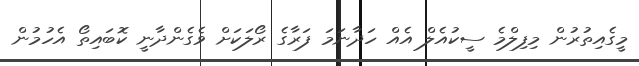
މީގެއިތުރުން މިފިލްމެ ސީކުއެލް އެއް ހަދާނަމަ ފަރާގެ ރޯލަކަށް ވެގެންދާނީ ކޮބައިތޯ އެހުމުން